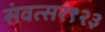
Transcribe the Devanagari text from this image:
संवत्सर९२३